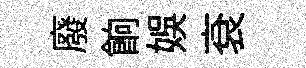
廢餉娱袞